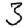
Digit: 3